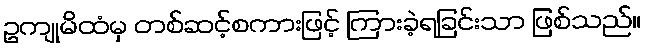
ဥကျုမိထံမှ တစ်ဆင့်စကားဖြင့် ကြားခဲ့ရခြင်းသာ ဖြစ်သည်။